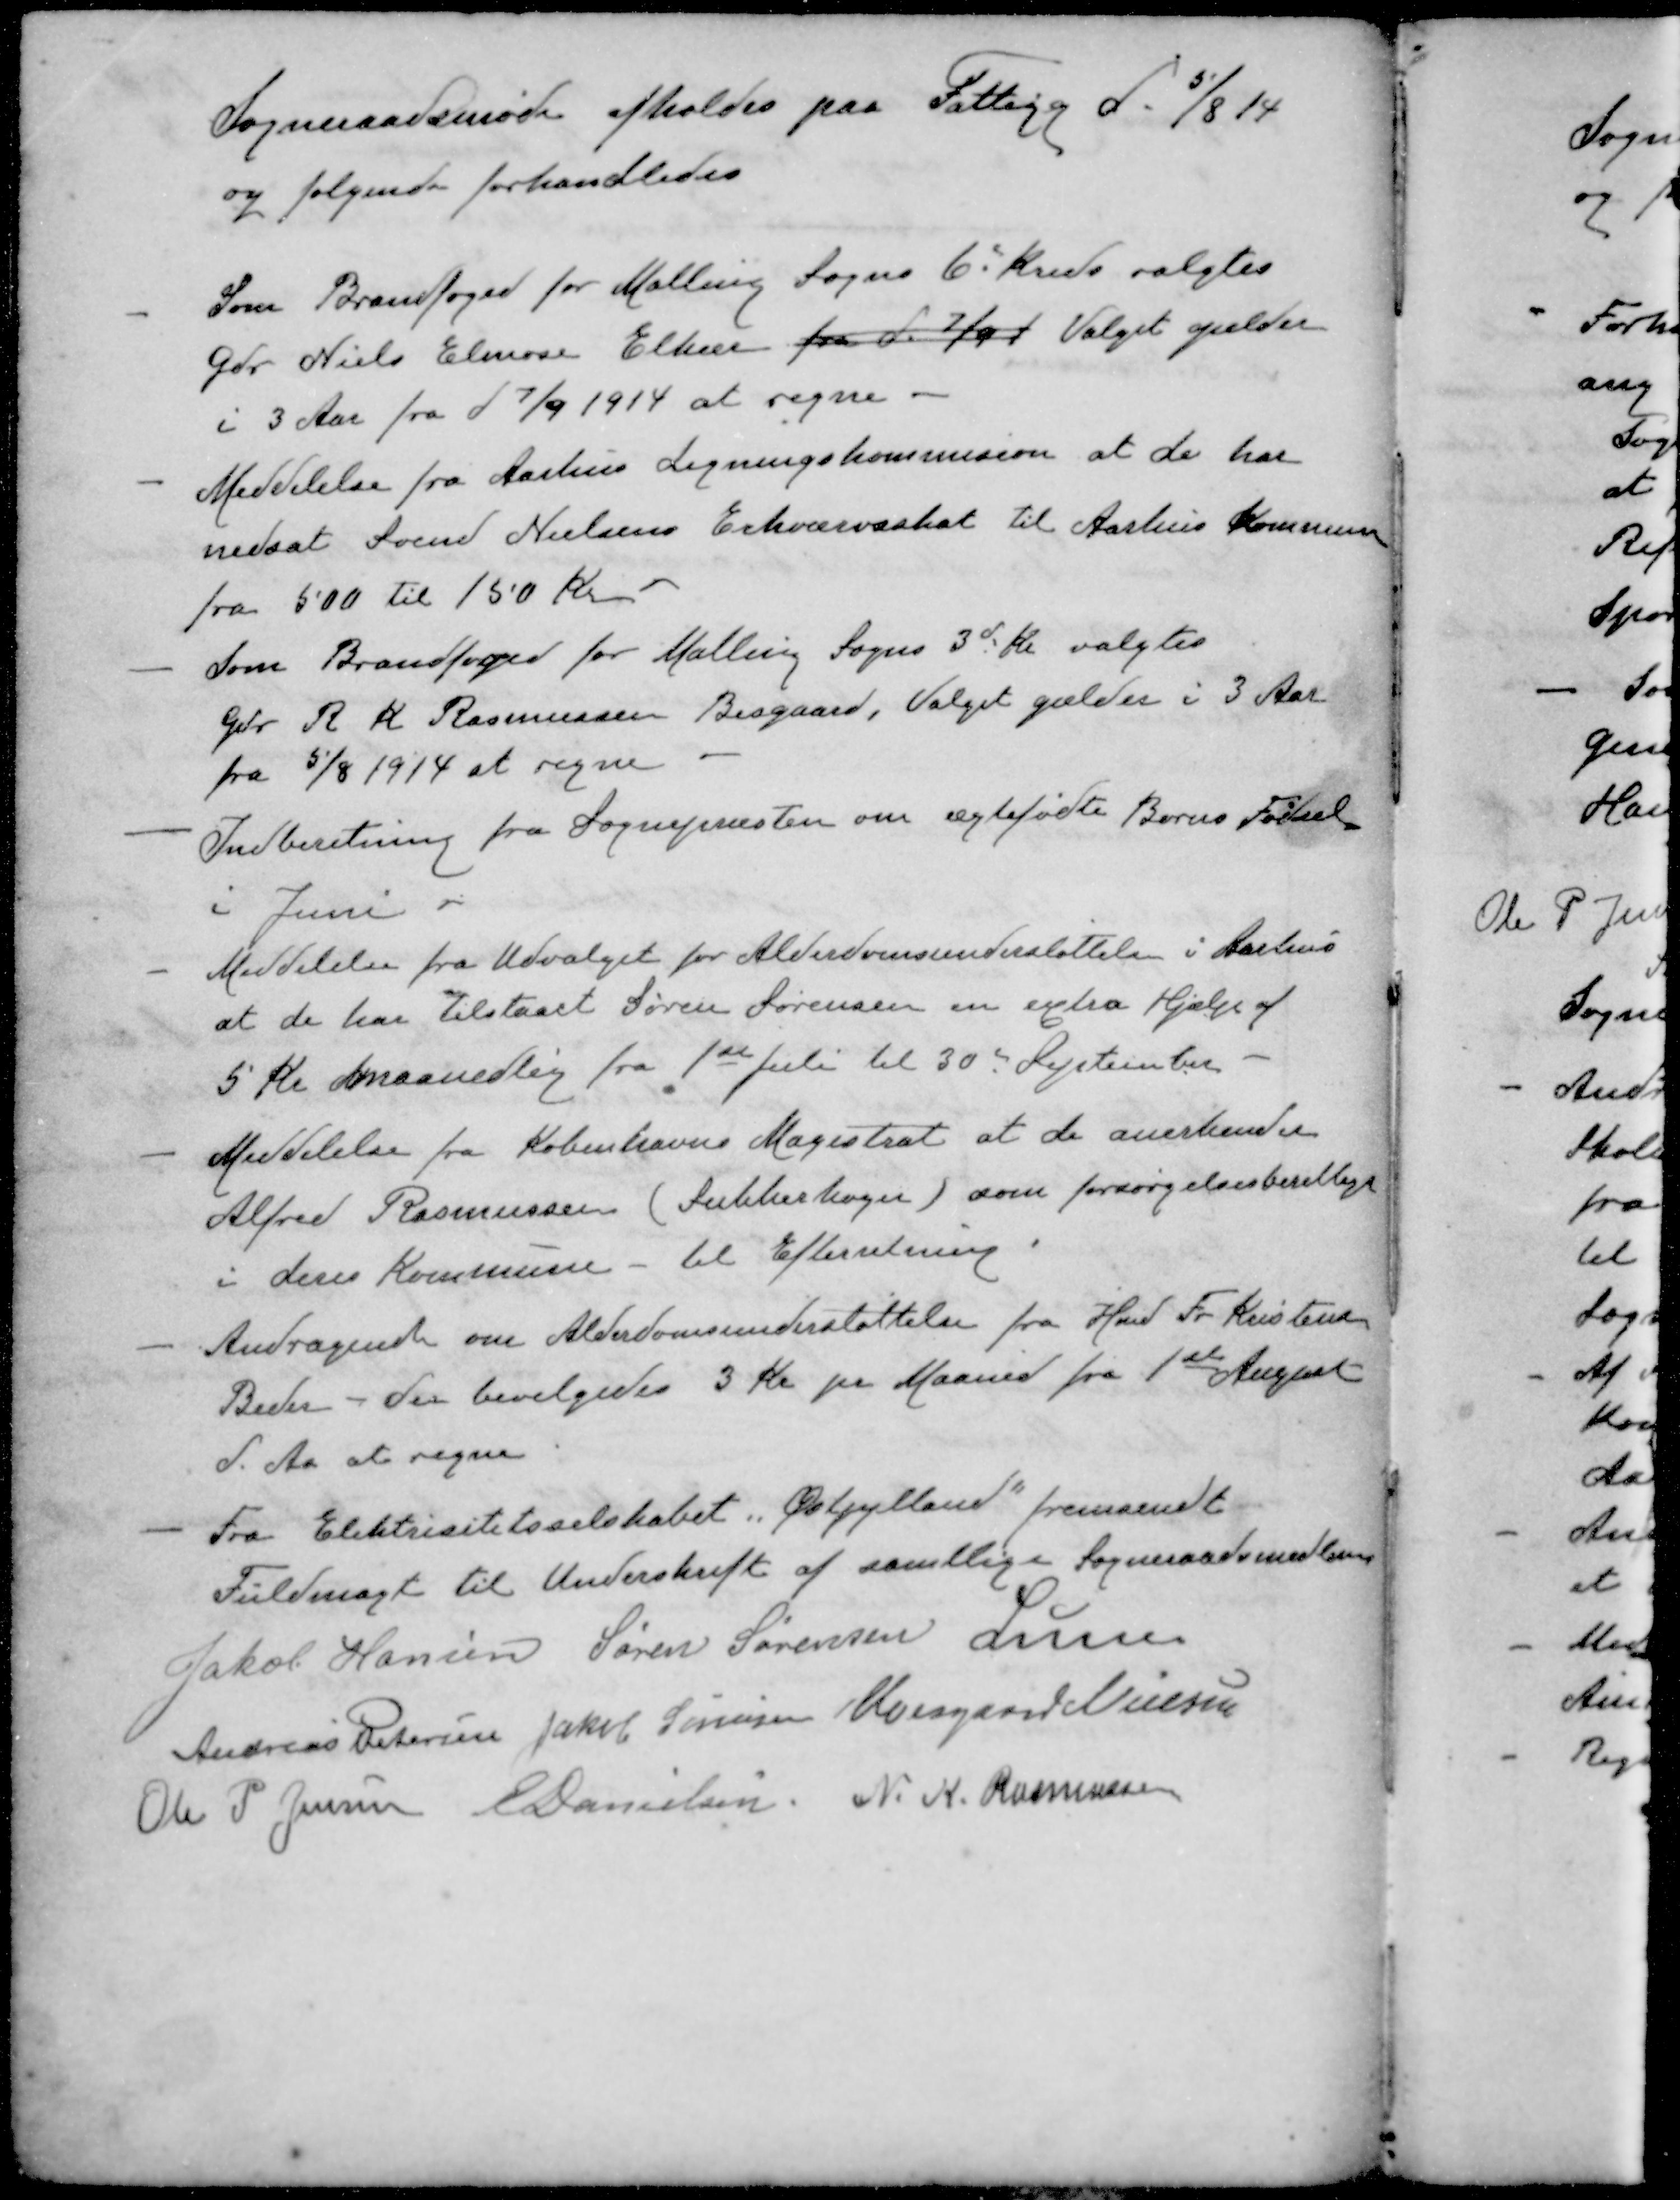
Transskription:
Sogneraadsmøde afholdes paa Fattigg d. 5/8 14
og følgende forhandledes
- Som Brandfoged for Malling Sogns 6' Kreds valgtes
Gdr Niels Elmose Elkær fra d. 7/9 1 Valget gælder
i 3 Aar fra d. 7/9 1914 at regne.
- Meddelelse fra Aarhus Ligningskommision at de har
nedsat Svend Nielsens Erhvervsskat til Aarhus Kommune
fra 500 til 150 Kr.
- Som Brandfoged for Malling Sogns 3d Kr. valgtes
Gdr R K Rasmussen Bisgaard, Valget gælder i 3 Aar
fra 5/8 1914 at regne
- Indberetning fra Sognepræsten om ægtefødte Børns Fødsel
i Juni
- Meddelelse fra Udvalget for Alderdomsunderstøttelse i Aarhus
at de har tilstaaet Søren Sørensen en extra Hjælp af
5 Kr maanedlig fra 1ste Juli til 30de September.
- Meddelelse fra Københavns Magistrat at de anerkender
Alfred Rasmussen (Sukkerbager) som forsørgelsesberettiget
i deres Kommune - til Efterretning.
- Andragende om Alderdomsunderstøttelse fra Hmd Fr. Kristensen
Beder - der bevilgedes 3 Kr pr Maaned fra 1ste August
d. Aa at regne
Fra Elektricitetsselskabet, Østjylland fremsendt
Fuldmagt til Underskrift af samtlige Sogneraadsmedlemmer
Jakob Hansen
Søren Sørensen
Lunn
Andreas Petersen
Jakob Sørensen
Moesgaard Nielsen
Ole P Jensen
E Danielsen
N. K. Rasmussen